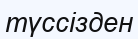
түссізден